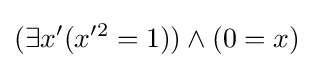
(\exists x'(x'^{2}=1))\land (0=x)